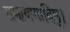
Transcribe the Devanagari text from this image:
रामायणादिषु।